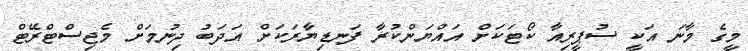
މީގެ މާނަ އަކީ ސުޕީރިއާ ކޯޓަކަށް އައްޔަންކުރާ ފަނޑިޔާރަކަށް އަދަބު ދިނުމަށް މެޖިސްޓްރޭޓް